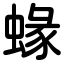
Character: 蝝